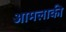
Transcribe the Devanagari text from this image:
आमलाकी